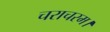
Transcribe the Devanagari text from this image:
चराचरम।